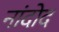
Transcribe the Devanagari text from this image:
नांदोद